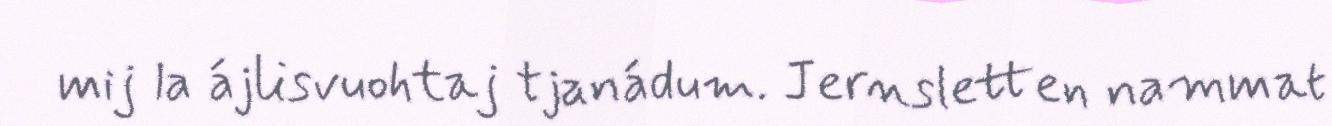
mij la ájlisvuohtaj tjanádum. Jernsletten nammat